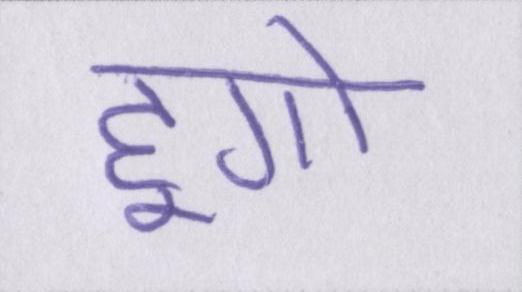
हूगो